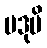
ပဒုမိ